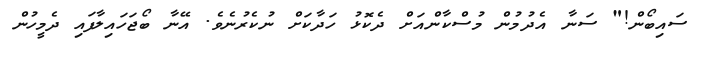
ސައިބޯން!" ސަނާ އެދުމުން މުސްކާންއަށް ދެކޮޅު ހަދާކަށް ނުކެރުނެވެ. އޭނާ ބޯޖަހައިލާފައި ދެމީހުން